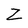
Character: Z